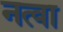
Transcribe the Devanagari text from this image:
नत्वा